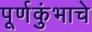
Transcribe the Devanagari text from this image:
पूर्णकुंभाचे